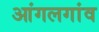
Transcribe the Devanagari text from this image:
आंगलगांव